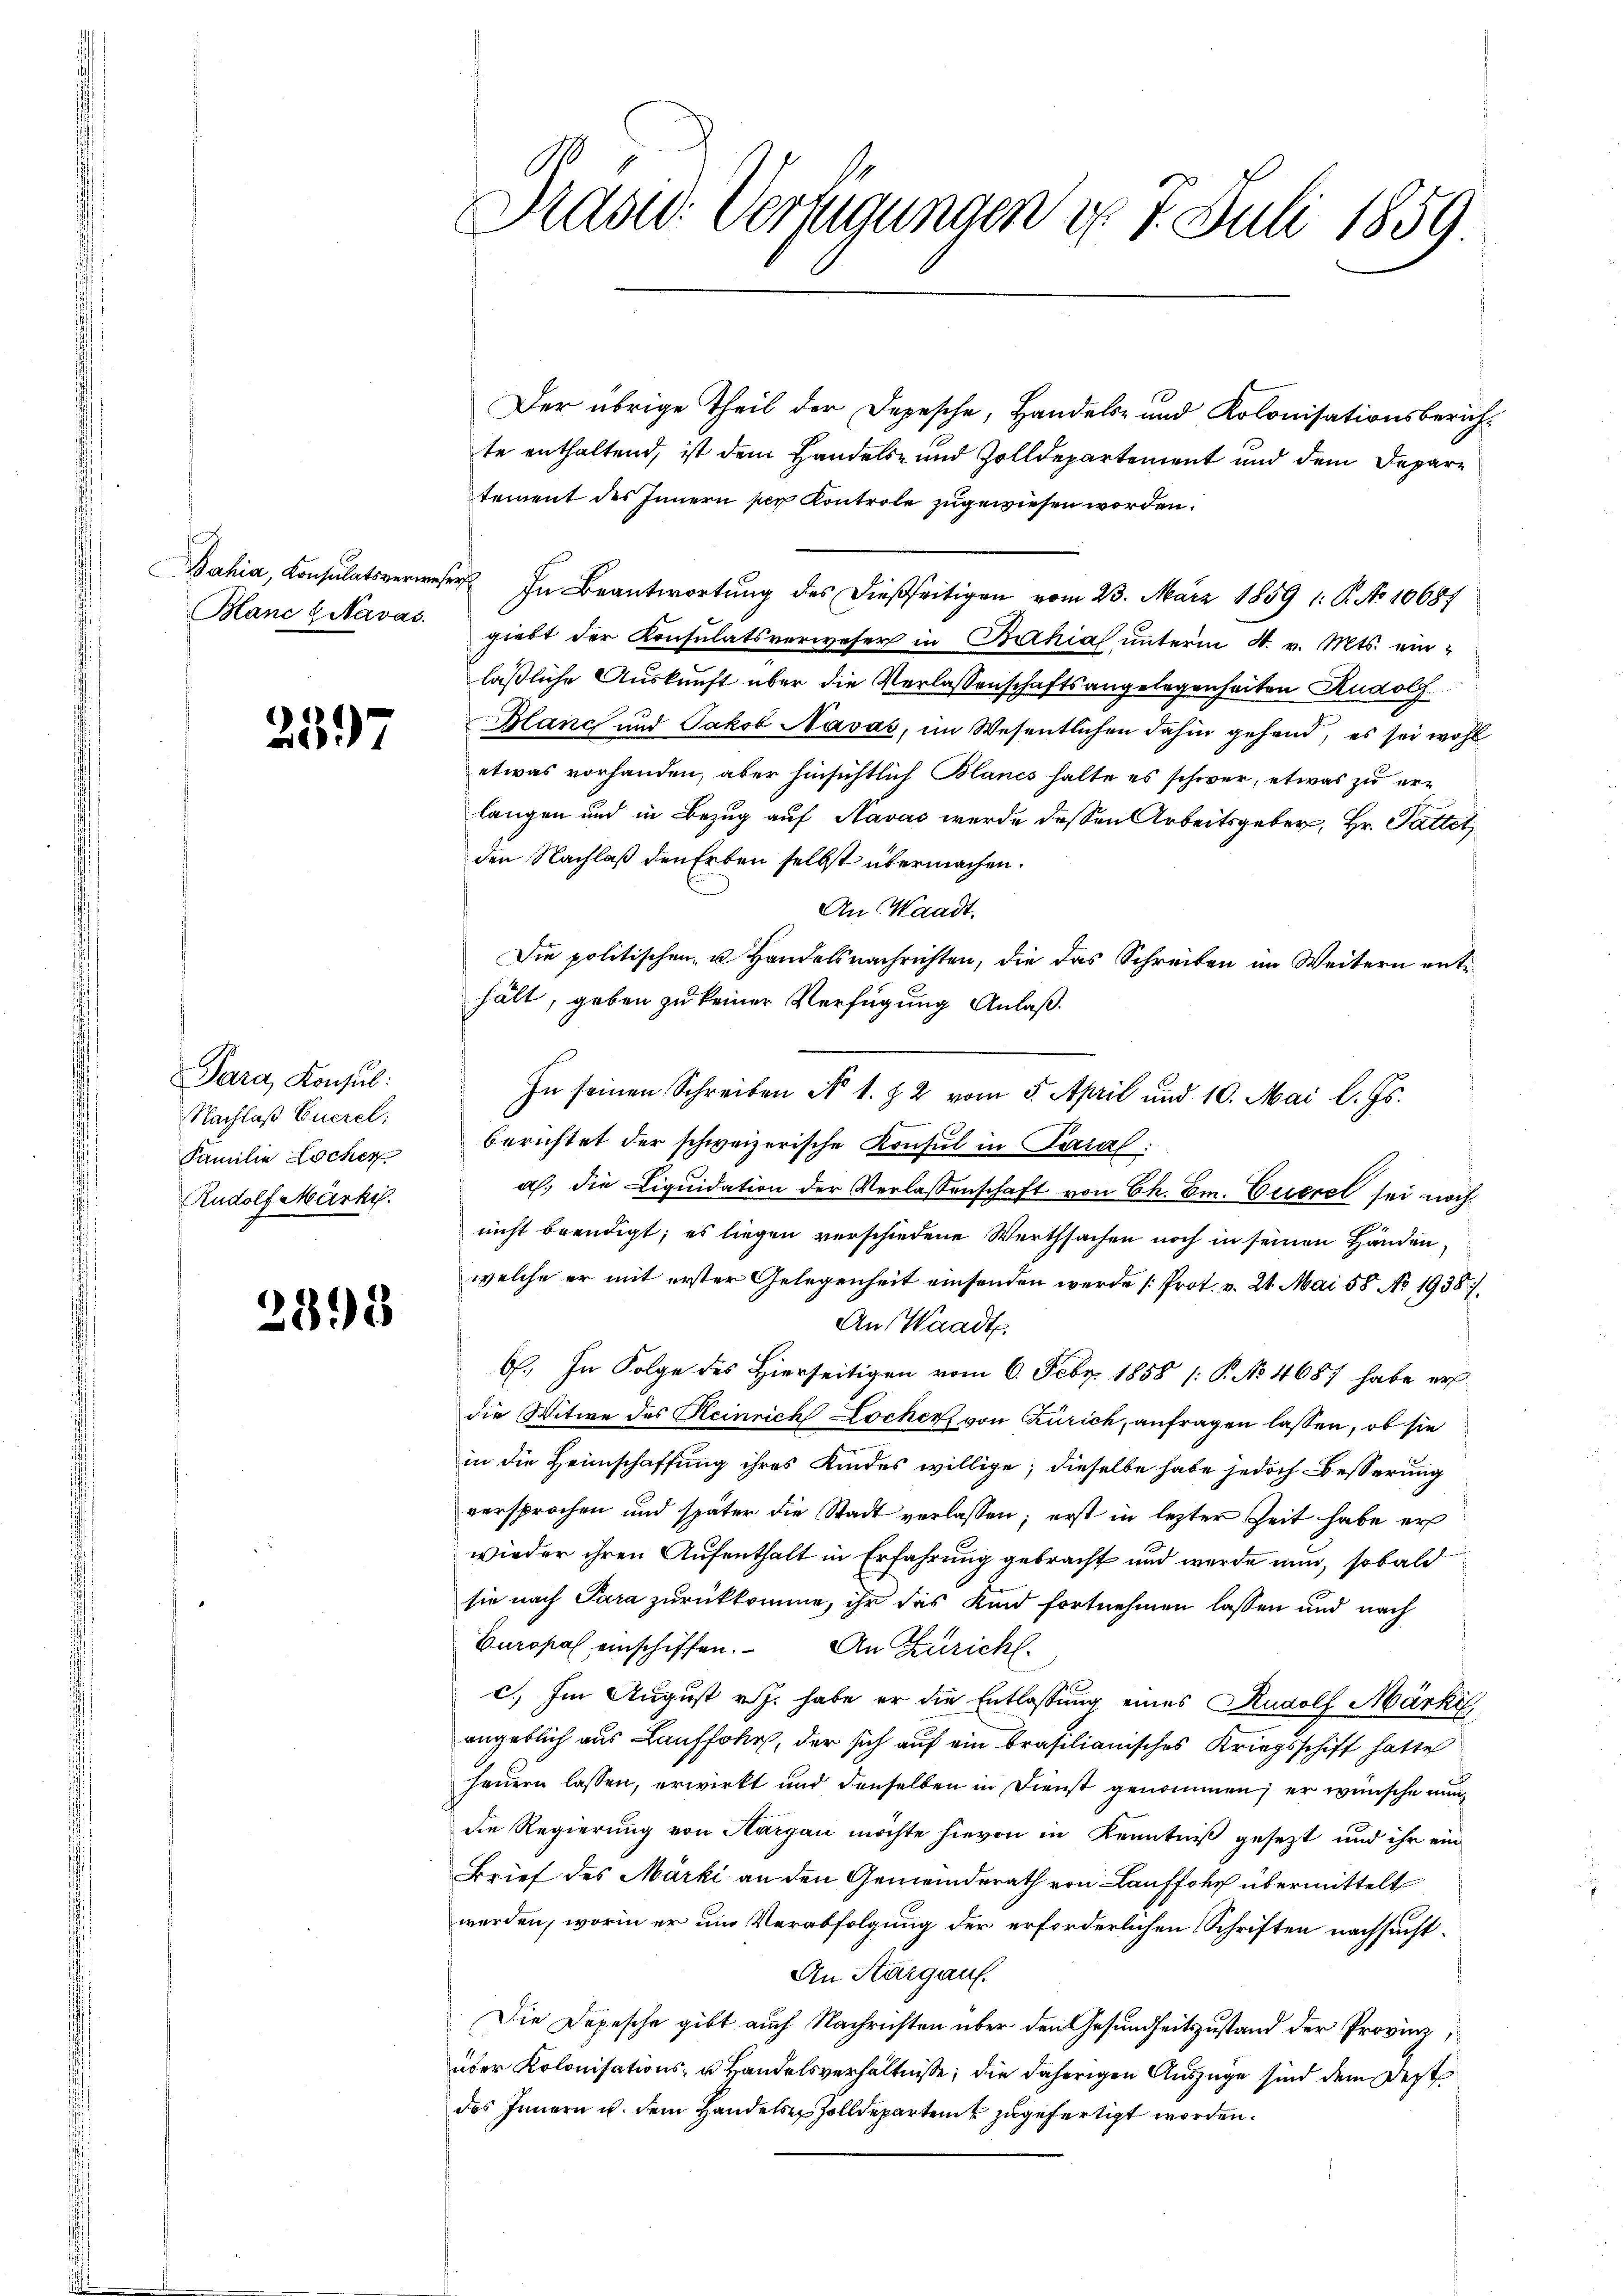
Blanc Giavas.

2397

Para, Konsul:
Nachlaß Euerel
Familie Locher
Rudolf Märki

2898

Prasw. Verfügungen d. 7. Juli 1859.

Der übrige Theil der Depesche, Handels- und Kolonisationsberichte enthaltend, ist dem Handels- und Zolldepartement und dem Departement des Innern per Kontrole zugewiesen worden.
Bahia, Consulatsverwesen. In Beantwortung des dießseitigen vom 23. März 1859 1: P. No 10687
giebt der Konsulatsverweser in Bahias unterm 4. v. Mts. einläßliche Auskunft über die Verlassenschaftsangelegenheiten Rudolf
Blanc und Jakob Navas, im Wesentlichen dahin gehend, es sei wohl
etwas vorhanden, aber hinsichtlich Blancs halte es schwer, etwas zu er-
langen und in Bezug auf Navas werde dessen Arbeitsgeber, Hr. Pattet,
den Nachlaß den Erben selbst übermachen.
An Waadt.
Die politischen u Handels nachrichten, die das Schreiben im Weitern enthält, geben zu keiner Verfügung Anlaß.
In seinen Schreiben No 1. Z. 2 vom 5. April und 10. Mai l. Js.
f
berichtet der schweizerische Konsul in Paral:
al. die Liqŭidation der Verlassenschaft von Ch. Er. Exceret sei noch
nicht beendigt; es liegen verschiedene Werthsachen noch in seinen Handen,
welche er mit erster Gelegenheit einsenden werde [Prot. v. 21. Mai 58. No 19387.
An Waadt,
6. In Folge des Hierseitigen vom 6. Febr. 1858 (: P. No. 4687 habe er
die Witwe des Heinrich Locher von Zürich, anfragen lassen, ob sie
in die Heimschaffung ihres Kindes willige; dieselbe habe jedoch Besserung
versprochen und später die Stadt verlassen; erst in lezter Zeit habe er
wieder ihren Aufenthalt in Erfahrung gebracht und werde nun, sobald
sie nach Para zurückkomme, ihr das Kind fortnehmen lassen und nach
Europas einschiffen. An Züricht
c.) Im August v. J. habe er die Entlassung eines Rudolf Märki
angeblich aus Lauffor, der sich auf ein brasilianisches Kriegsschiff hatte
heŭern lassen, erwirkt und denselben in Dienst genommen; er wünsche nundie Regierung von Hargau möchte hievon in Kenntniß gesezt und ihr ein
Brief des Märki an den Gemeinderath von Lauffohr übermittelt
werden, worin er um Verabfolgung der erforderlichen Schriften nachsucht.
An Kurgauf.
Die Depesche gibt auch Nachrichten über den Gesundheitszustand der Provinz,
über Kolonisations- u. Handelsverhältnisse; die daherigen Auszüge sind dem Dest
des Innern u. dem Handels Zolldeparten zugefertigt worden.